Annual vaccination report of Bihar and Orissa - 1911-1928
Year: 1911
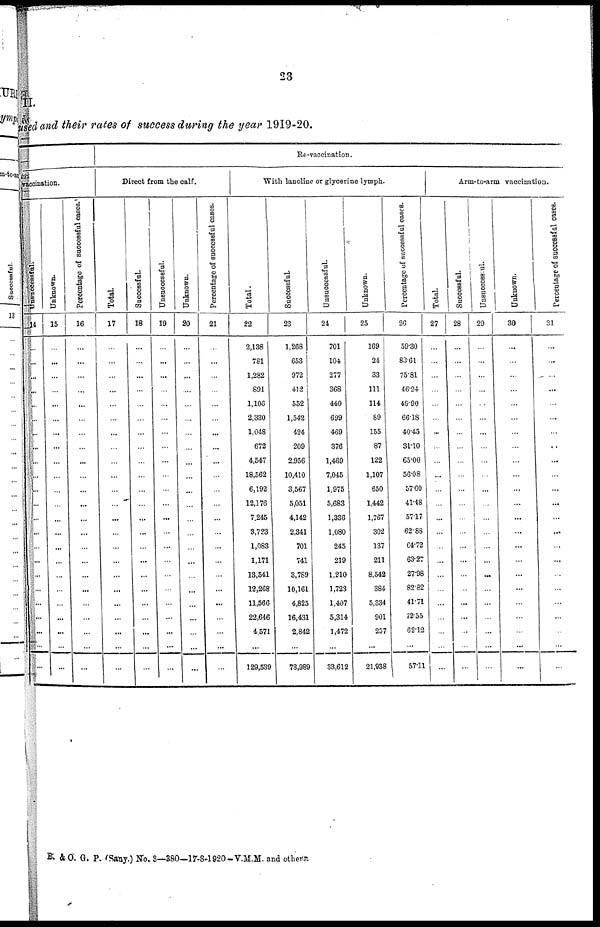
23
II.
used and their rates of success during the year 1919-20.
vaccination.
Unsuccessful.
14
...
...
...
...
...
...
...
...
...
...
...
...
...
...
...
...
...
...
...
...
...
...
...
Unknown.
15
...
...
...
...
...
...
...
...
...
...
...
...
...
...
...
...
...
...
...
...
...
...
...
Percentage of successful cases.
16
...
...
...
...
...
...
...
...
...
...
...
...
...
...
...
...
...
...
...
...
...
...
...
Re-vaccination.
Direct from the calf.
Total.
17
...
...
...
...
...
...
...
...
...
...
...
...
...
...
...
...
...
...
...
...
...
...
...
Successful.
18
...
...
...
...
...
...
...
...
...
...
...
...
...
...
...
...
...
...
...
...
...
...
...
Unsuccessful.
19
...
...
...
...
...
...
...
...
...
...
...
...
...
...
...
...
...
...
...
...
...
...
...
Unknown.
20
...
...
...
...
...
...
...
...
...
...
...
...
...
...
...
...
...
...
...
...
...
...
...
Percentage of successful cases.
21
...
...
...
...
...
...
...
...
...
...
...
...
...
...
...
...
...
...
...
...
...
...
...
With lanoline or glycerine lymph.
Total.
22
2,138
781
1,282
891
1,106
2,330
1,048
672
4,547
18,562
6,192
12,176
7,245
8,723
1,083
1,171
13,541
12,268
11,566
22,646
4,571
...
129,539
Successful
23
1,268
653
972
412
552
1,542
424
209
2,956
10,410
3,567
5,051
4,142
2,341
701
741
3,789
10,161
4,825
16,431
2,842
...
73,989
Unsuccessful.
24
701
104
277
368
440
699
469
376
1,469
7,045
1,975
5,683
1,336
1,080
245
219
1,210
1,723
1,407
5,314
1,472
...
33,612
Unknown.
25
169
24
33
111
114
89
155
87
122
1,107
650
1,442
1,767
302
137
211
8,542
384
5,334
901
257
...
21,938
Percentage of successful cases.
26
59.30
83.61
75.81
46.24
49.90
66.18
40.45
31.10
65.00
56.08
57.60
41.48
57.17
62.88
64.72
63.27
27.98
82.82
41.71
72.55
62.12
...
57.11
Arm-to-arm vaccination.
Total.
27
...
...
...
...
...
...
...
...
...
...
...
...
...
...
...
...
...
...
...
...
...
...
...
Successful.
28
...
...
...
...
...
...
...
...
...
...
...
...
...
...
...
...
...
...
...
...
...
...
...
Unsuccessful.
29
...
...
...
...
...
...
...
...
...
...
...
...
...
...
...
...
...
...
...
...
...
...
...
Unknown.
30
...
...
...
...
...
...
...
...
...
...
...
...
...
...
...
...
...
...
...
...
...
...
...
Percentage of successful cases.
31
...
...
...
...
...
...
...
...
...
...
...
...
...
...
...
...
...
...
...
...
...
...
...
B. & O. G. P. (Sany.) No. 3—380—17-8-1920-V.M.M. and others.